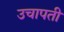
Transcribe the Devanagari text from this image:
उचापती